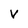
Character: v